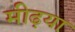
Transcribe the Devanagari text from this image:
मीढ़या